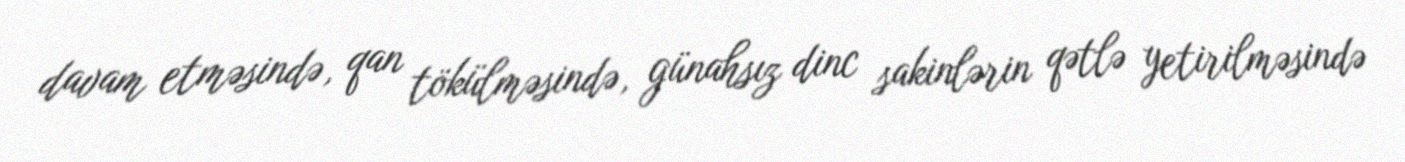
davam etməsində, qan tökülməsində, günahsız dinc sakinlərin qətlə yetirilməsində